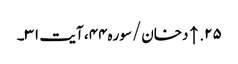
۲۵. ↑ دخان/سوره۴۴، آیت ۳۱۔